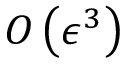
O \left( \epsilon ^ { 3 } \right)